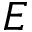
E